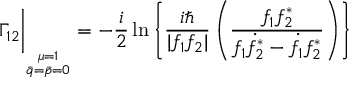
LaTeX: \Gamma _ { 1 2 } \bigg \vert _ { _ { \stackrel { \mu = 1 } { \bar { q } = \bar { p } = 0 } } } = - { \frac { i } { 2 } } \ln \left\{ { \frac { i \hbar } { | f _ { 1 } f _ { 2 } | } } \left( { \frac { f _ { 1 } f _ { 2 } ^ { * } } { f _ { 1 } \dot { f } _ { 2 } ^ { * } - \dot { f } _ { 1 } f _ { 2 } ^ { * } } } \right) \right\}